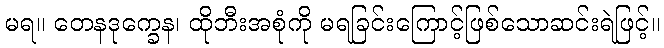
မရ။ တေနဒုက္ခေန၊ ထိုဘီးအစုံကို မရခြင်းကြောင့်ဖြစ်သောဆင်းရဲဖြင့်။